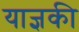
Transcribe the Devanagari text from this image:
याज्ञकी